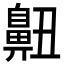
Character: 䶊